Annual report on the working of the lock hospitals in the Central Provinces
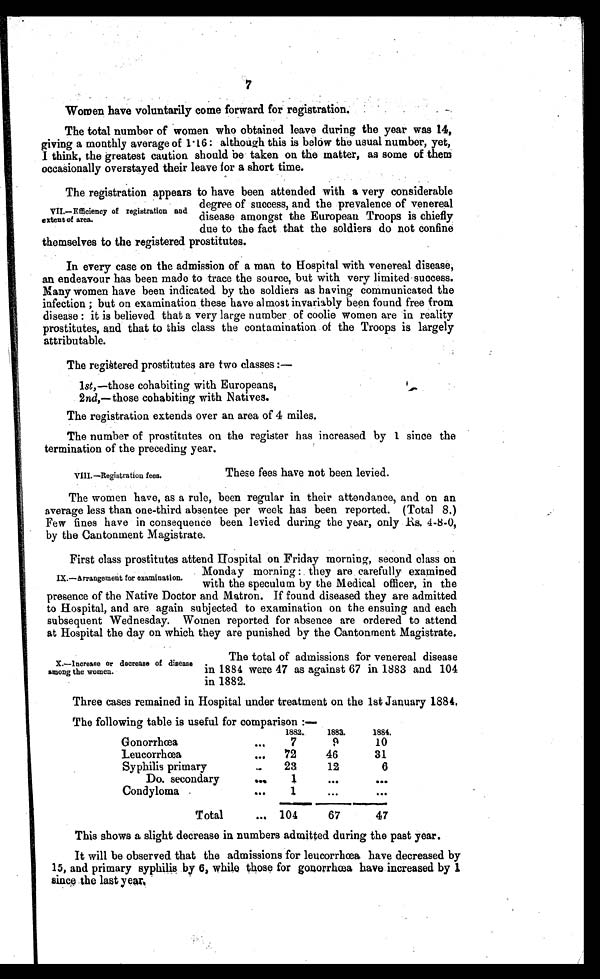
7
Women have voluntarily come forward for registration.
The total number of women who obtained leave during the year was 14,
giving a monthly average of 1.16 : although this is below the usual number, yet,
I think, the greatest caution should be taken on the matter, as some of them
occasionally overstayed their leave for a short time.
The registration appears to have been attended with a very considerable
degree of success, and the prevalence of venereal
disease amongst the European Troops is chiefly
due to the fact that the soldiers do not confine
themselves to the registered prostitutes.
In every case on the admission of a man to Hospital with venereal disease,
an endeavour has been made to trace the source, but with very limited success.
Many women have been indicated by the soldiers as having communicated the
infection ; but on examination these have almost invariably been found free from
disease : it is believed that a very large number of coolie women are in reality
prostitutes, and that to this class the contamination of the Troops is largely
attributable.
The registered prostitutes are two classes :—
1st,—those cohabiting with Europeans,
2 nd,—those cohabiting with Natives.
The registration extends over an area of 4 miles.
The number of prostitutes on the register has increased by 1 since the
termination of the preceding year.
VII.—Efficiency of registration and
extent of area.
VIII.—Registration fees.
These fees have not been levied.
The women have, as a rule, been regular in their attendance, and on an
average less than one-third absentee per week has been reported. (Total 8.)
Few fines have in consequence been levied during the year, only Rs. 4-8-0,
by the Cantonment Magistrate.
First class prostitutes attend Hospital on Friday morning, second class on
Monday morning : they are carefully examined
with the speculum by the Medical officer, in the
presence of the Native Doctor and Matron. If found diseased they are admitted
to Hospital, and are again subjected to examination on the ensuing and each
subsequent Wednesday. Women reported for absence are ordered to attend
at Hospital the day on which they are punished by the Cantonment Magistrate.
IX.—Arrangement for examination.
X.—lncrease or decrease of disease
among the women.
The total of admissions for venereal disease
in 1884 were 47 as against 67 in 1883 and 104
in 1882.
Three cases remained in Hospital under treatment on the 1st January 1884.
The following table is useful for comparison :—
1882..
1883.
1884.
Gonorrhœa
. . .
7
9
10
Leucorrhœa
. . .
72
46
31
Syphilis primary
...
23
12
6
Do. secondary
...
1
...
. . .
Condyloma
. . .
1
. . .
. . .
Total
... 104
67
47
This shows a slight decrease in numbers admitted during the past year.
It will be observed that the admissions for leucorrhœa have decreased by
15, and primary syphilis by 6, while those for gonorrhœa have increased by 1
since the last year.